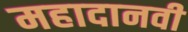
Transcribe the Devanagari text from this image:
महादानवी